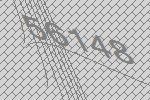
56148